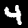
Label: 4